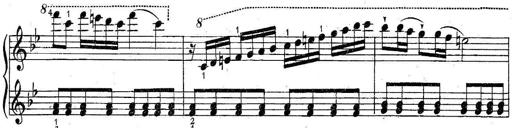
Title: 6 Easy Sonatinas
Composer: Carl Czerny